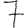
Digit: 7